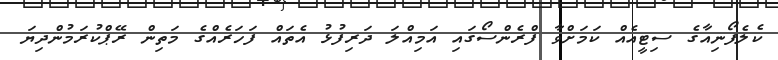
ކެލެފޯނިއާގެ ސިޓީއެއް ކަމަށްވާ ފްރެންސޯގައި އަމިއްލަ ދަރިފުޅު އެތައް ފަހަރެއްގެ މަތިން ރޭޕްކުރަމުންދިޔަ